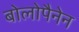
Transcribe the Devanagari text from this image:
बोलोपैनेन